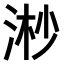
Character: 𣶲